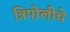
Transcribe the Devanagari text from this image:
त्रिपोलीचे